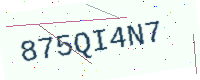
Text: 875QI4N7